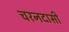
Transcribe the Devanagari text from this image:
चरनदासी